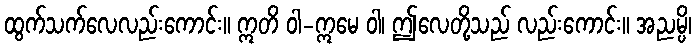
ထွက်သက်လေလည်းကောင်း။ ဣတိ ဝါ-ဣမေ ဝါ၊ ဤလေတို့သည် လည်းကောင်း။ အညမ္ပိ၊